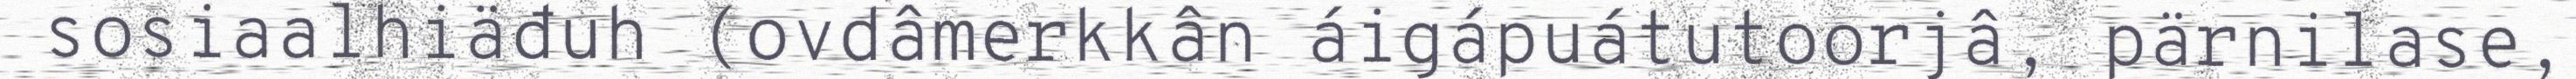
sosiaalhiäđuh (ovdâmerkkân áigápuátutoorjâ, pärnilase,